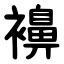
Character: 襣